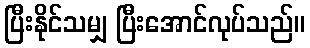
ပြီးနိုင်သမျှ ပြီးအောင်လုပ်သည်။